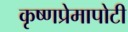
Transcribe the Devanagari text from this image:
कृष्णप्रेमापोटी